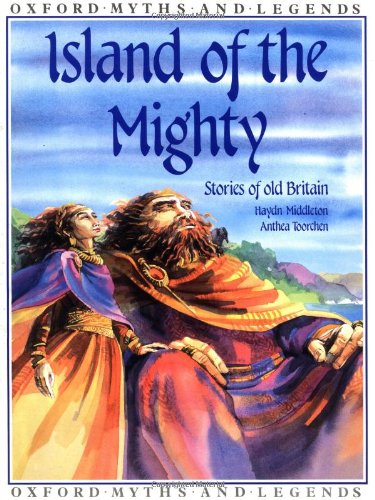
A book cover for Island of the Mighty (Oxford Myths and Legends); Haydn Middleton; Children's Books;